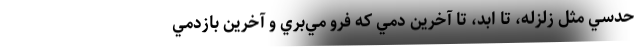
حدسي مثل زلزله، تا ابد، تا آخرين دمي كه فرو مي‌بري و آخرين بازدمي